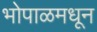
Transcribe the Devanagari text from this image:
भोपाळमधून